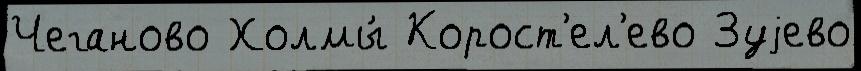
Чеганово Холмы́ Корост'ел'ево Зуjево